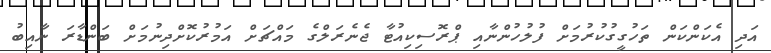
އަދި އެކަންކަން ތަހުގީގުކުރުމަށް ފުލުހުންނާއި ޕްރޮސިކިއުޓާ ޖެނެރަލްގެ މައްޗަށް އަމުރުކޮށްދިނުމަށް ބަންޑާރަ ނާއިބު